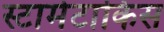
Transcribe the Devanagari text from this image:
स्टामेटाकिस